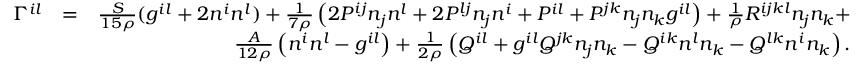
\begin{array} { r l r } { \Gamma ^ { i l } } & { = } & { \frac { S } { 1 5 \rho } ( g ^ { i l } + 2 n ^ { i } n ^ { l } ) + \frac 1 { 7 \rho } \left( 2 P ^ { i j } n _ { j } n ^ { l } + 2 P ^ { l j } n _ { j } n ^ { i } + P ^ { i l } + P ^ { j k } n _ { j } n _ { k } g ^ { i l } \right) + \frac 1 \rho R ^ { i j k l } n _ { j } n _ { k } + } \\ & { } & { \frac { A } { 1 2 \rho } \left( n ^ { i } n ^ { l } - g ^ { i l } \right) + \frac 1 { 2 \rho } \left( Q ^ { i l } + g ^ { i l } Q ^ { j k } n _ { j } n _ { k } - Q ^ { i k } n ^ { l } n _ { k } - Q ^ { l k } n ^ { i } n _ { k } \right) . } \end{array}